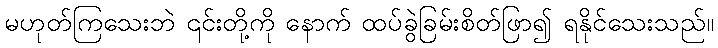
မဟုတ်ကြသေးဘဲ ၎င်းတို့ကို နောက် ထပ်ခွဲခြမ်းစိတ်ဖြာ၍ ရနိုင်သေးသည်။